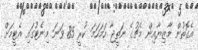
އެގޮތުން މާޒިޔާއިން މެޗުގެ ނަތީޖާ ހަމަހަމަ ކުރީ 85 ވަނަ މިނެޓުގައި އެޓީމަށް